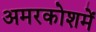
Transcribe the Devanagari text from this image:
अमरकोशमें